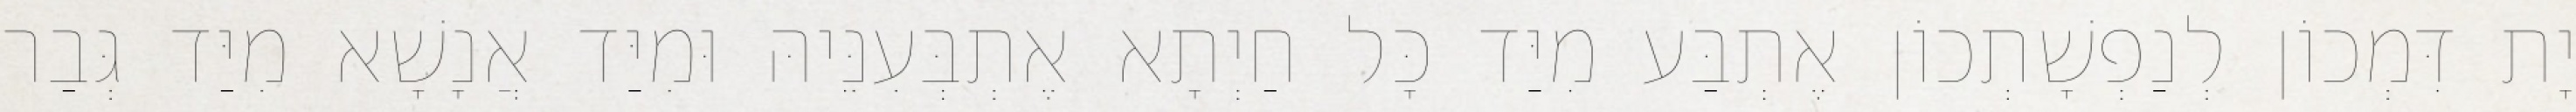
יָת דִּמְכוֹן לְנַפְשָׁתְכוֹן אֶתְבַּע מִיַּד כָּל חַיְתָא אֶתְבְּעִנֵּיהּ וּמִיַּד אֲנָשָׁא מִיַּד גְּבַר